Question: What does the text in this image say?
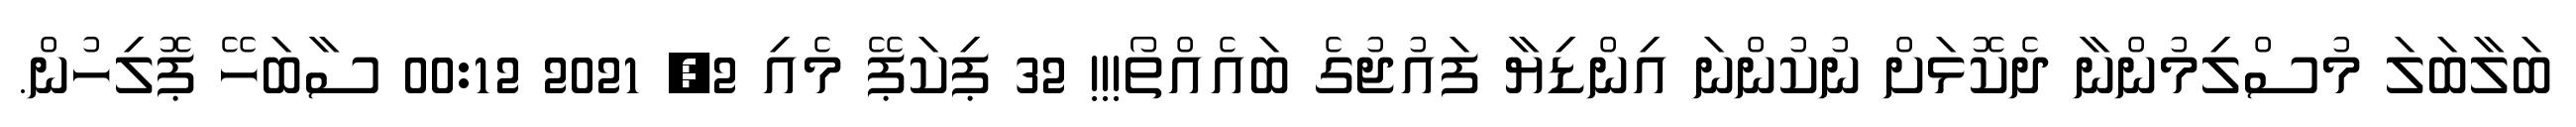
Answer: ބަލާބަލަ މުސްލިމުންނާ ދެކޮޅަށް ނުކުންނަ އިންޑިޔާ ފައުޖުގެ ބައެއްތޯ!!! 32 ޕިކަޕޭ މެއި 2, 2021 00:12 ސާބަހޭ ޕޮލިހުން.